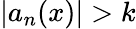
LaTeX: |a_{n}(x)|>k